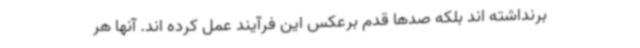
برنداشته اند بلکه صدها قدم برعکس این فرآیند عمل کرده اند. آنها هر